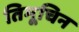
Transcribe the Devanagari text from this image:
तिमूचिन